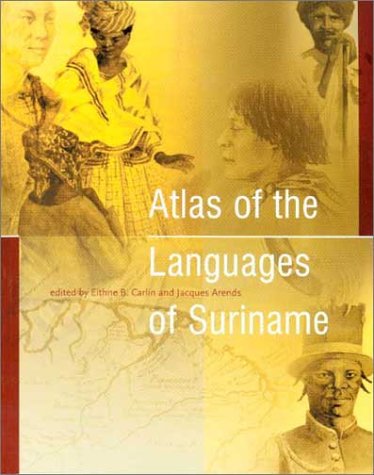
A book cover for Atlas of the Languages of Suriname (Caribbean Series (Koninklijk Instituut Voor Taal-, Land- En Volkenkunde (Netherlands)), 22.); Travel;